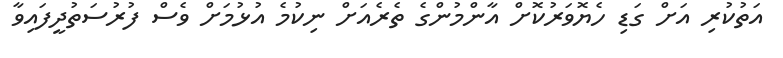
އަތުކުރި އަށް ގަޑި ހެޔޮވަރުކޮށް އާންމުންގެ ތެރެއަށް ނިކުމެ އުޅުމަށް ވެސް ފުރުސަތުދީފައިވާ